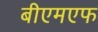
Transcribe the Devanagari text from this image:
बीएमएफ